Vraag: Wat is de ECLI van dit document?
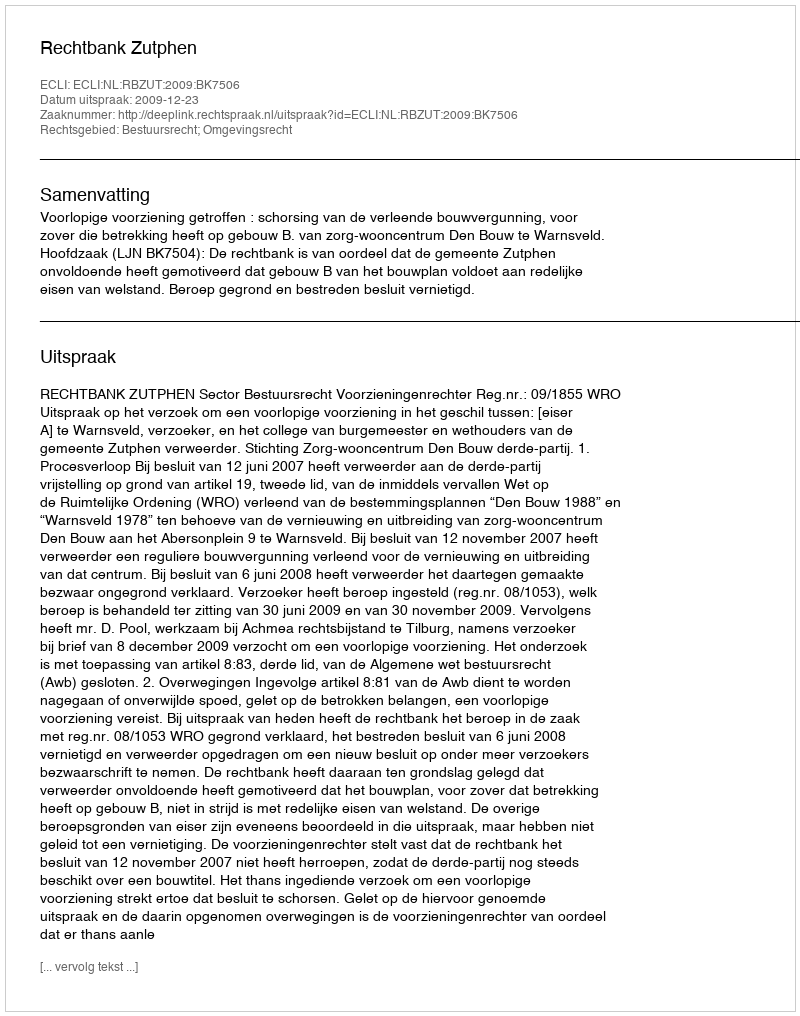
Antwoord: ECLI:NL:RBZUT:2009:BK7506